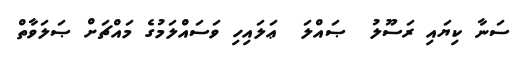
ސަނާ ކިޔައި ރަސޫލު  ޞައްލަ  ޢަލައިހި ވަސައްލަމުގެ މައްޗަށް ޞަލަވާތް